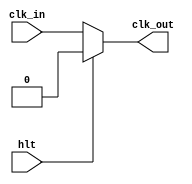
module clock(
    input clk_in,
    input hlt,
    output clk_out
);

    assign clk_out = hlt ? 1'b0 : clk_in;

endmodule